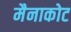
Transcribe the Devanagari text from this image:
मैनाकोट